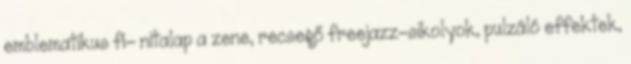
emblematikus fi- nitalap a zene, recsegő freejazz-sikolyok, pulzáló effektek,